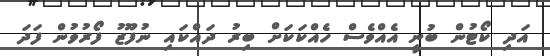
އަދި ކޯޓުން ބުނީ އެއްވެސް ހެއްކަކަށް ބިރު ދައްކައި ނުފޫޒު ފޯރުވުން ފަދަ